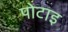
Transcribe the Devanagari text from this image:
पोटाइ